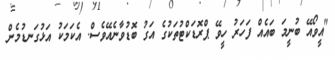
"އީވޯއޭ ބުނީމަ ބައެއް ފަހަރު ހީވޭ ޕްރޮޑަކްޓުތަކުގެ އަގު ބޮޑުވާނެއޭވެސް. އެކަމަކު އަޅުގަނޑުމެން